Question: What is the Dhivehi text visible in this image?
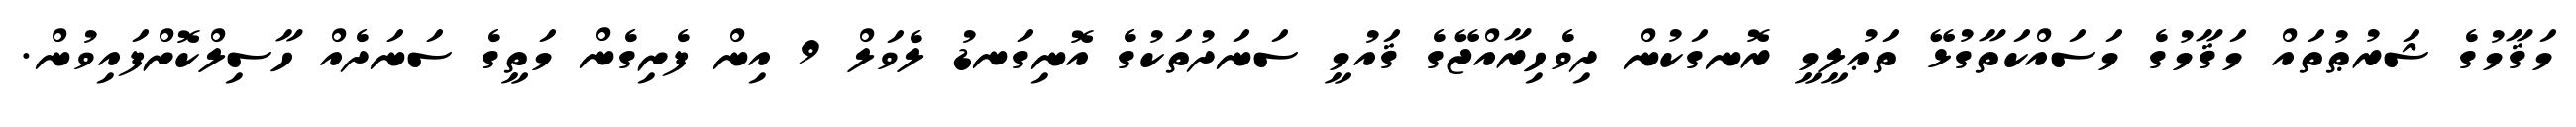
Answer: މަޤާމުގެ ޝަރުޠުތައް މަޤާމުގެ މަސައްކަތާގުޅޭ ތަޢުލީމީ ރޮނގަކުން ދިވެހިރާއްޖޭގެ ޤައުމީ ސަނަދުތަކުގެ އޮނިގަނޑު ލެވަލް 9 އިން ފެށިގެން މަތީގެ ސަނަދެއް ހާސިލްކޮށްފައިވުން.